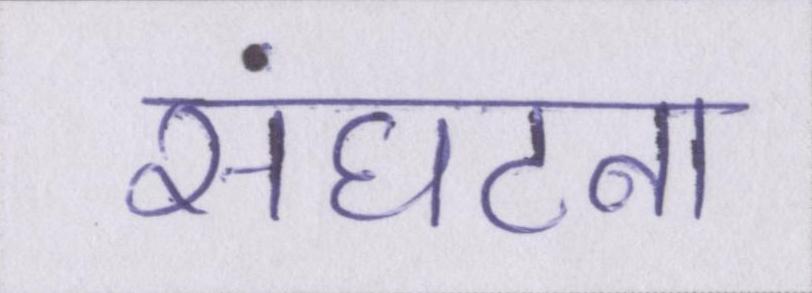
संघटना